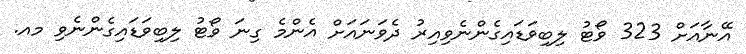
އޭނާއަށް 323 ވޯޓު ލިބިވަޑައިގެންނެވިއިރު ދެވަނައަށް އެންމެ ގިނަ ވޯޓު ލިބިވަޑައިގެންނެވި މއ.